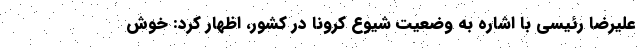
علیرضا رئیسی با اشاره به وضعیت شیوع کرونا در کشور، اظهار کرد: خوش